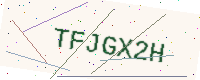
Text: TFJGX2H